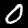
Digit: 0